Vaccine operations Central Provinces & Berar 1922-1929 - 1922-1929
Year: 1922
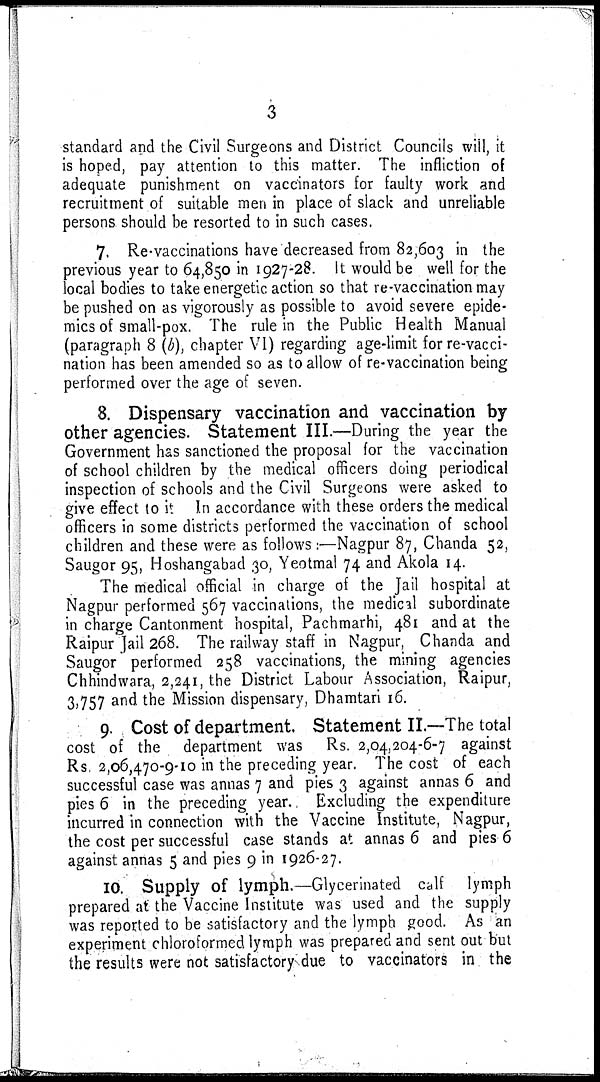
3
standard and the Civil Surgeons and District Councils will, it
is hoped, pay attention to this matter. The infliction of
adequate punishment on vaccinators for faulty work and
recruitment of suitable men in place of slack and unreliable
persons should be resorted to in such cases.
7. Re-vaccinations have decreased from 82,603 in the
previous year to 64,850 in 1927-28. It would be well for the
local bodies to take energetic action so that re-vaccination may
be pushed on as vigorously as possible to avoid severe epide-
mics of small-pox. The rule in the Public Health Manual
(paragraph 8 (b), chapter VI) regarding age-limit for re-vacci-
nation has been amended so as to allow of re-vaccination being
performed over the age of seven.
8. Dispensary vaccination and vaccination by
other agencies. Statement III.—During the year the
Government has sanctioned the proposal for the vaccination
of school children by the medical officers doing periodical
inspection of schools and the Civil Surgeons were asked to
give effect to it In accordance with these orders the medical
officers in some districts performed the vaccination of school
children and these were as follows:—Nagpur 87, Chanda 52,
Saugor 95, Hoshangabad 30, Yeotmal 74 and Akola 14.
The medical official in charge of the Jail hospital at
Nagpur performed 567 vaccinations, the medical subordinate
in charge Cantonment hospital, Pachmarhi, 481 and at the
Raipur Jail 268. The railway staff in Nagpur, Chanda and
Saugor performed 258 vaccinations, the mining agencies
Chhindwara, 2,241, the District Labour Association, Raipur,
3,757 and the Mission dispensary, Dhamtari 16.
9. Cost of department. Statement II.—The total
cost of the department was Rs. 2,04,204-6-7 against
Rs. 2,06,470-9-10 in the preceding year. The cost of each
successful case was annas 7 and pies 3 against annas 6 and
pies 6 in the preceding year. Excluding the expenditure
incurred in connection with the Vaccine Institute, Nagpur,
the cost per successful case stands at annas 6 and pies 6
against annas 5 and pies 9 in 1926-27.
10. Supply of lymph.—Glycerinated calf lymph
prepared at the Vaccine Institute was used and the supply
was reported to be satisfactory and the lymph good. As an
experiment chloroformed lymph was prepared and sent out but
the results were not satisfactory due to vaccinators in the